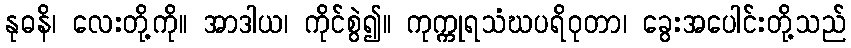
နုဓနိ၊ လေးတို့ကို။ အာဒါယ၊ ကိုင်စွဲ၍။ ကုက္ကုရသံဃပရိဝုတာ၊ ခွေးအပေါင်းတို့သည်